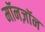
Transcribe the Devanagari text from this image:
मॉनज़ॉन